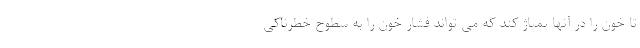
تا خون را در آنها پمپاژ کند که می تواند فشار خون را به سطوح خطرناکی